画像に写った文字を読んでください
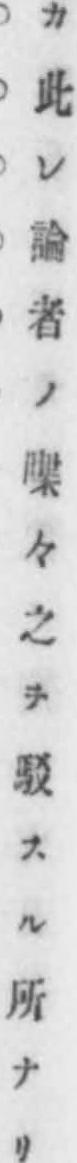
「カ此レ論者ノ喋々之ヲ駁スル所ナリ」と書いてあります